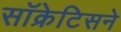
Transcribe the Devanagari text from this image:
सॉक्रेटिसने